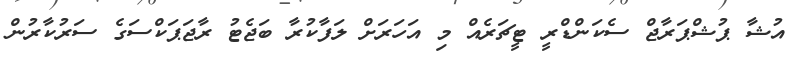
އުޝާ ޕުޝްޕަރާޖް ސެކަންޑްރީ ޓީޗަރެއް މި އަހަރަށް ލަފާކުރާ ބަޖެޓު ރާޖަޕަކްސަގެ ސަރުކާރުން